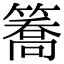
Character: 簥